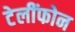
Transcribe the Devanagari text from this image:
टेलींफोन